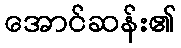
အောင်ဆန်း၏